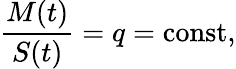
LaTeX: \frac{M(t)}{S(t)}=q=\mathrm{const},